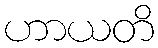
ဟာယတိ